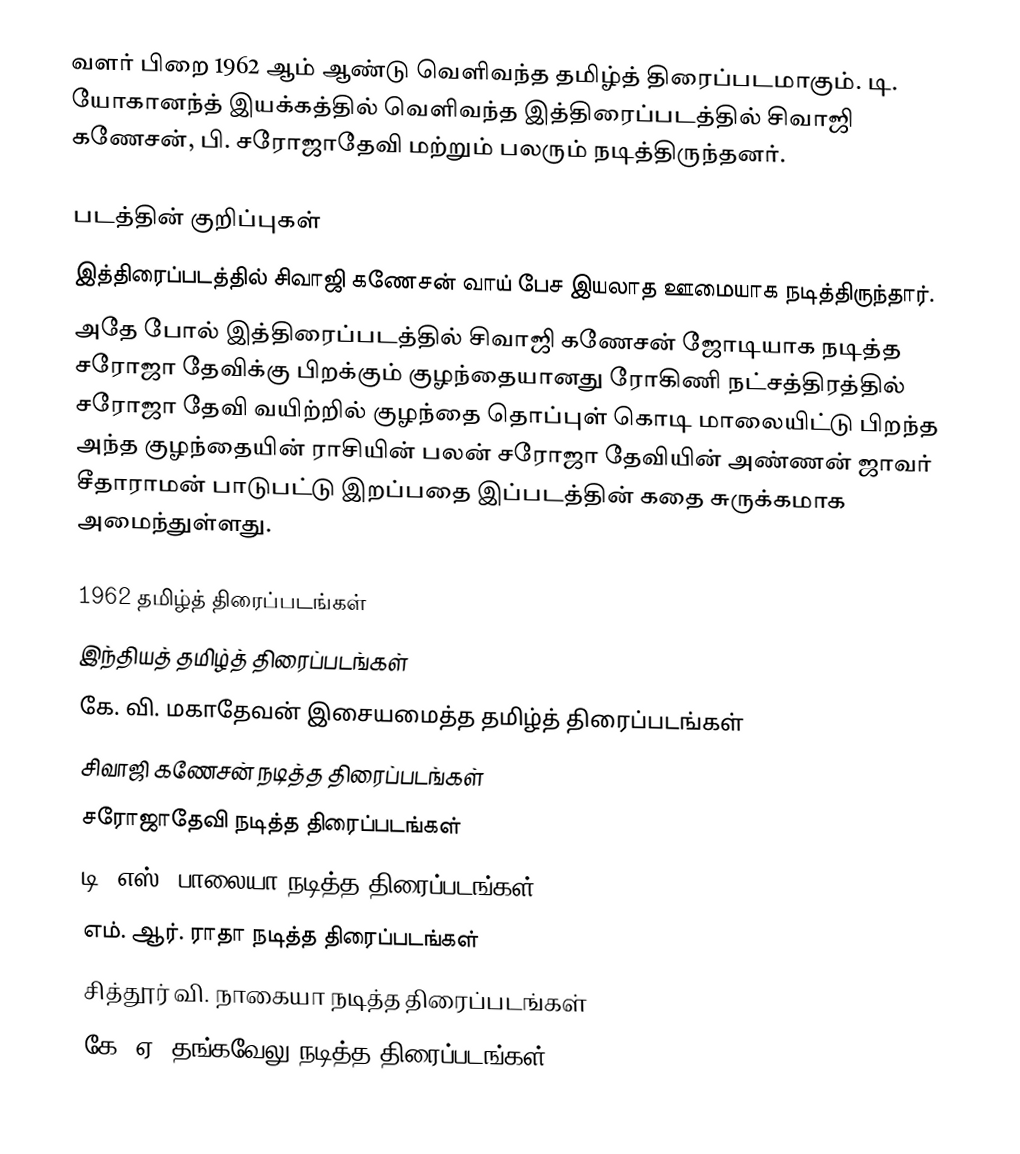
வளர் பிறை 1962 ஆம் ஆண்டு வெளிவந்த தமிழ்த் திரைப்படமாகும். டி. யோகானந்த் இயக்கத்தில் வெளிவந்த இத்திரைப்படத்தில் சிவாஜி கணேசன், பி. சரோஜாதேவி மற்றும் பலரும் நடித்திருந்தனர்.

படத்தின் குறிப்புகள்
 இத்திரைப்படத்தில் சிவாஜி கணேசன் வாய் பேச இயலாத ஊமையாக நடித்திருந்தார்.
 அதே போல் இத்திரைப்படத்தில் சிவாஜி கணேசன் ஜோடியாக நடித்த சரோஜா தேவிக்கு பிறக்கும் குழந்தையானது ரோகிணி நட்சத்திரத்தில் சரோஜா தேவி வயிற்றில் குழந்தை தொப்புள் கொடி மாலையிட்டு பிறந்த அந்த குழந்தையின் ராசியின் பலன் சரோஜா தேவியின் அண்ணன் ஜாவர் சீதாராமன் பாடுபட்டு இறப்பதை இப்படத்தின் கதை சுருக்கமாக அமைந்துள்ளது.

1962 தமிழ்த் திரைப்படங்கள்
இந்தியத் தமிழ்த் திரைப்படங்கள்
கே. வி. மகாதேவன் இசையமைத்த தமிழ்த் திரைப்படங்கள்
சிவாஜி கணேசன் நடித்த திரைப்படங்கள்
சரோஜாதேவி நடித்த திரைப்படங்கள்
டி. எஸ். பாலையா நடித்த திரைப்படங்கள்
எம். ஆர். ராதா நடித்த திரைப்படங்கள்
சித்தூர் வி. நாகையா நடித்த திரைப்படங்கள்
கே. ஏ. தங்கவேலு நடித்த திரைப்படங்கள்